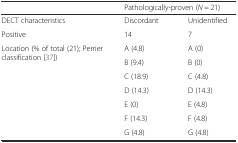
<table><thead><tr><td></td><td colspan="2"><b>Pathologically-proven (<i>N</i> = 21)</b></td></tr></thead><tbody><tr><td>DECT characteristics</td><td>Discordant</td><td>Unidentified</td></tr><tr><td>Positive</td><td>14</td><td>7</td></tr><tr><td rowspan="7">Location (% of total (21); Perrier classification [37])</td><td>A (4.8)</td><td>A (0)</td></tr><tr><td>B (9.4)</td><td>B (0)</td></tr><tr><td>C (18.9)</td><td>C (4.8)</td></tr><tr><td>D (14.3)</td><td>D (14.3)</td></tr><tr><td>E (0)</td><td>E (4.8)</td></tr><tr><td>F (14.3)</td><td>F (4.8)</td></tr><tr><td>G (4.8)</td><td>G (4.8)</td></tr></tbody></table>